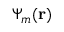
\Psi _ { m } ( \mathbf { r } )